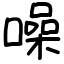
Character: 噪